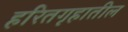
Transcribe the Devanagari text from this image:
हरितगृहातील